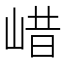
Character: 㟙